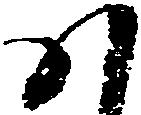
ハ